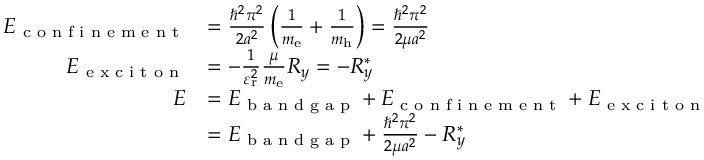
{ \begin{array} { r l } { E _ { \textrm { c o n f i n e m e n t } } } & { = { \frac { \hbar ^ { 2 } \pi ^ { 2 } } { 2 a ^ { 2 } } } \left( { \frac { 1 } { m _ { \mathrm { { e } } } } } + { \frac { 1 } { m _ { \mathrm { { h } } } } } \right) = { \frac { \hbar ^ { 2 } \pi ^ { 2 } } { 2 \mu a ^ { 2 } } } } \\ { E _ { \textrm { e x c i t o n } } } & { = - { \frac { 1 } { \varepsilon _ { \mathrm { { r } } } ^ { 2 } } } { \frac { \mu } { m _ { \mathrm { { e } } } } } R _ { y } = - R _ { y } ^ { * } } \\ { E } & { = E _ { \textrm { b a n d g a p } } + E _ { \textrm { c o n f i n e m e n t } } + E _ { \textrm { e x c i t o n } } } \\ & { = E _ { \textrm { b a n d g a p } } + { \frac { \hbar ^ { 2 } \pi ^ { 2 } } { 2 \mu a ^ { 2 } } } - R _ { y } ^ { * } } \end{array} }